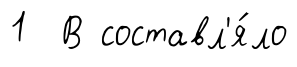
1 В составл'я́ло